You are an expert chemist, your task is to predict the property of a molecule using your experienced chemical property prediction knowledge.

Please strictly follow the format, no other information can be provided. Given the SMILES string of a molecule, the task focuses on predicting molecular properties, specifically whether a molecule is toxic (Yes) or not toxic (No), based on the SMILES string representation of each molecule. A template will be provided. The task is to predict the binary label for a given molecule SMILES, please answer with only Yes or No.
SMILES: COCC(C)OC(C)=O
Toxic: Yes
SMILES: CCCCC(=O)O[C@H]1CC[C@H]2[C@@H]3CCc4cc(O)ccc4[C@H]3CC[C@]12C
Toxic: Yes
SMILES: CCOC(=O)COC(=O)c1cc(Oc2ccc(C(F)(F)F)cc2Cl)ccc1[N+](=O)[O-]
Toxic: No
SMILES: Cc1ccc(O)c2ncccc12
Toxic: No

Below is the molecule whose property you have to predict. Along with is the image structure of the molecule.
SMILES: O=S1(=O)OC(c2ccc(O)cc2)(c2ccc(O)cc2)c2ccccc21
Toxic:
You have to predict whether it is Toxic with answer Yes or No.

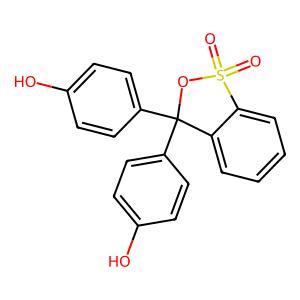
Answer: No